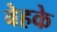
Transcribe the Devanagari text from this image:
बेहके